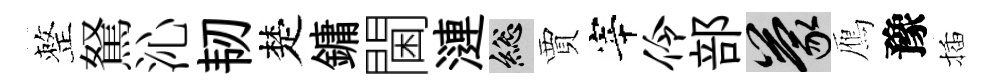
整駑沁韧楚鏞閫漣總賈宰伶部蒙鴈豫插